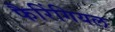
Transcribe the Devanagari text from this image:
फैरिंगियल